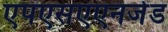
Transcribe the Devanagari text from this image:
एपएसएएनजेड